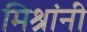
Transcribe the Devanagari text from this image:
मिश्रांनी